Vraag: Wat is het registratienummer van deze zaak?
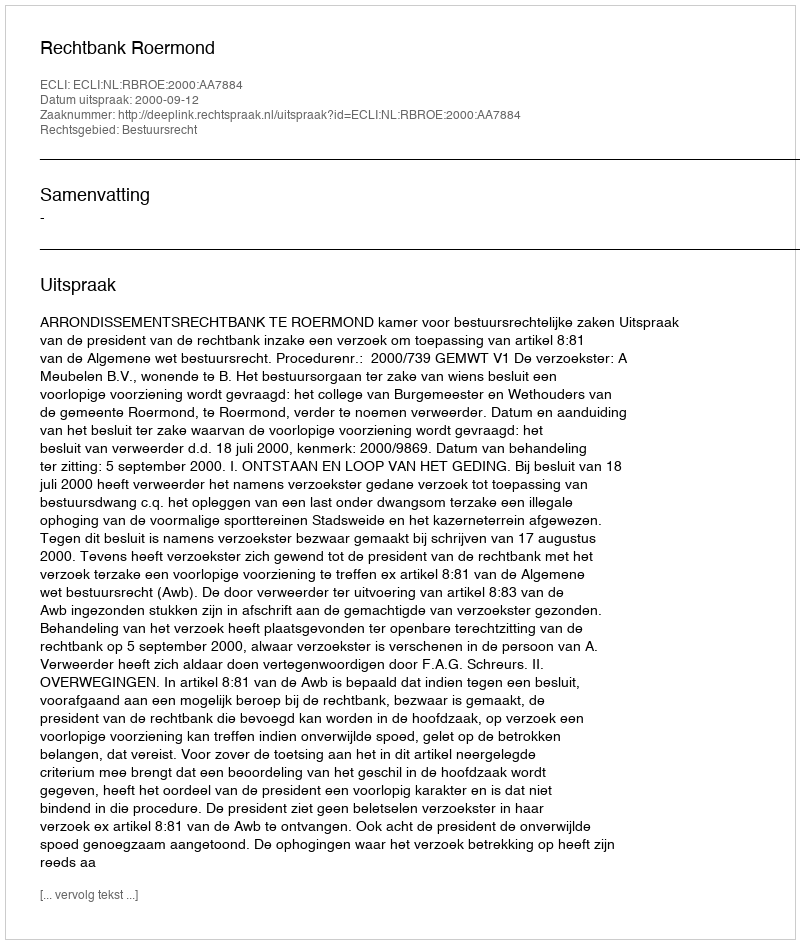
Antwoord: http://deeplink.rechtspraak.nl/uitspraak?id=ECLI:NL:RBROE:2000:AA7884